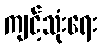
ကျင့်သုံးရေး